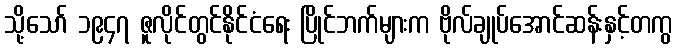
သို့သော် ၁၉၄၇ ဇူလိုင်တွင်နိုင်ငံရေး ပြိုင်ဘက်များက ဗိုလ်ချုပ်အောင်ဆန်းနှင့်တကွ